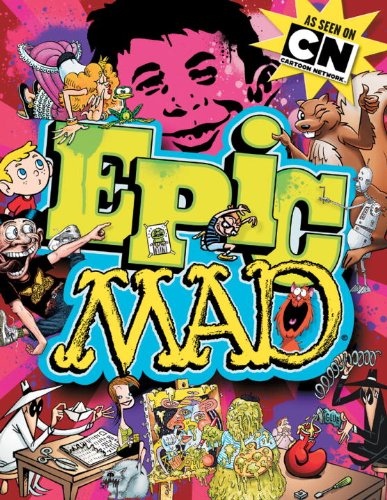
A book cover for EPIC MAD; The Usual Gang Of Idiots; Children's Books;